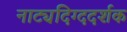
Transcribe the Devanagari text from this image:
नाट्यदिग्ददर्शक